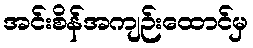
အင်းစိန်အကျဉ်းထောင်မှ